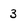
Character: 3